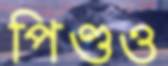
পিণ্ডও